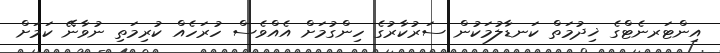
އިންޓަރނެޓްގެ ޚިދުމަތް ކަނޑާލުމަކުން ސަރުކާރުގެ ހިންގުމަށް އެއްވެސް ހުރަހެއް ކުރިމަތި ނުވާނޭ ކަމަށް